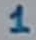
Text: 1